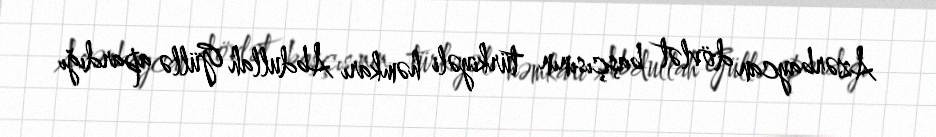
Azərbaycan dövlət başçısının türkiyəli həmkarı Abdullah Güllə apardığı